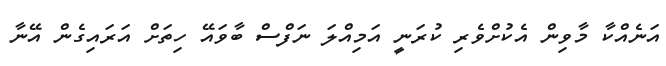
އަނެއްކާ މާވިން އެކުށްވެރި ކުރަނީ އަމިއްލަ ނަފްސް ބާވައޭ ހިތަށް އަރައިގެން އޭނާ